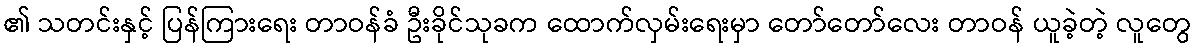
၏ သတင်းနှင့် ပြန်ကြားရေး တာဝန်ခံ ဦးခိုင်သုခက ထောက်လှမ်းရေးမှာ တော်တော်လေး တာဝန် ယူခဲ့တဲ့ လူတွေ